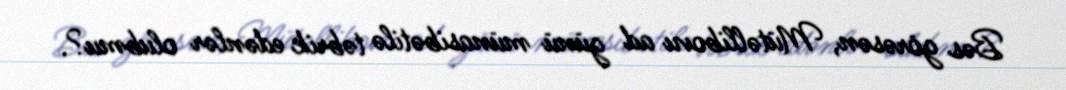
Bəs görəsən, Mütəllibovu ad günü münasibətilə təbrik edənlər olubmu?.